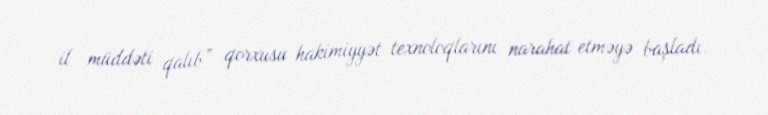
il müddəti qalıb” qorxusu hakimiyyət texnoloqlarını narahat etməyə başladı.